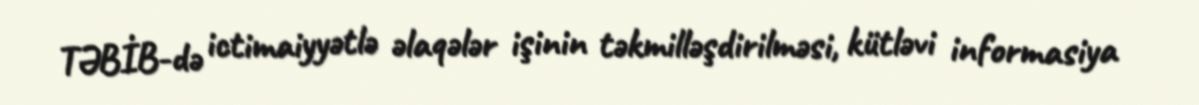
TƏBİB-də ictimaiyyətlə əlaqələr işinin təkmilləşdirilməsi, kütləvi informasiya